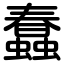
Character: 蠢